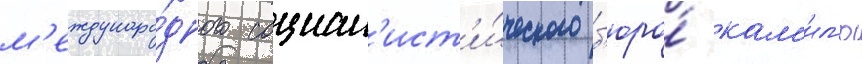
м'еждунаро́дного социал'ист'и́ческого б'юро́ кам'ил'ю